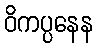
ဝိကပ္ပနေန